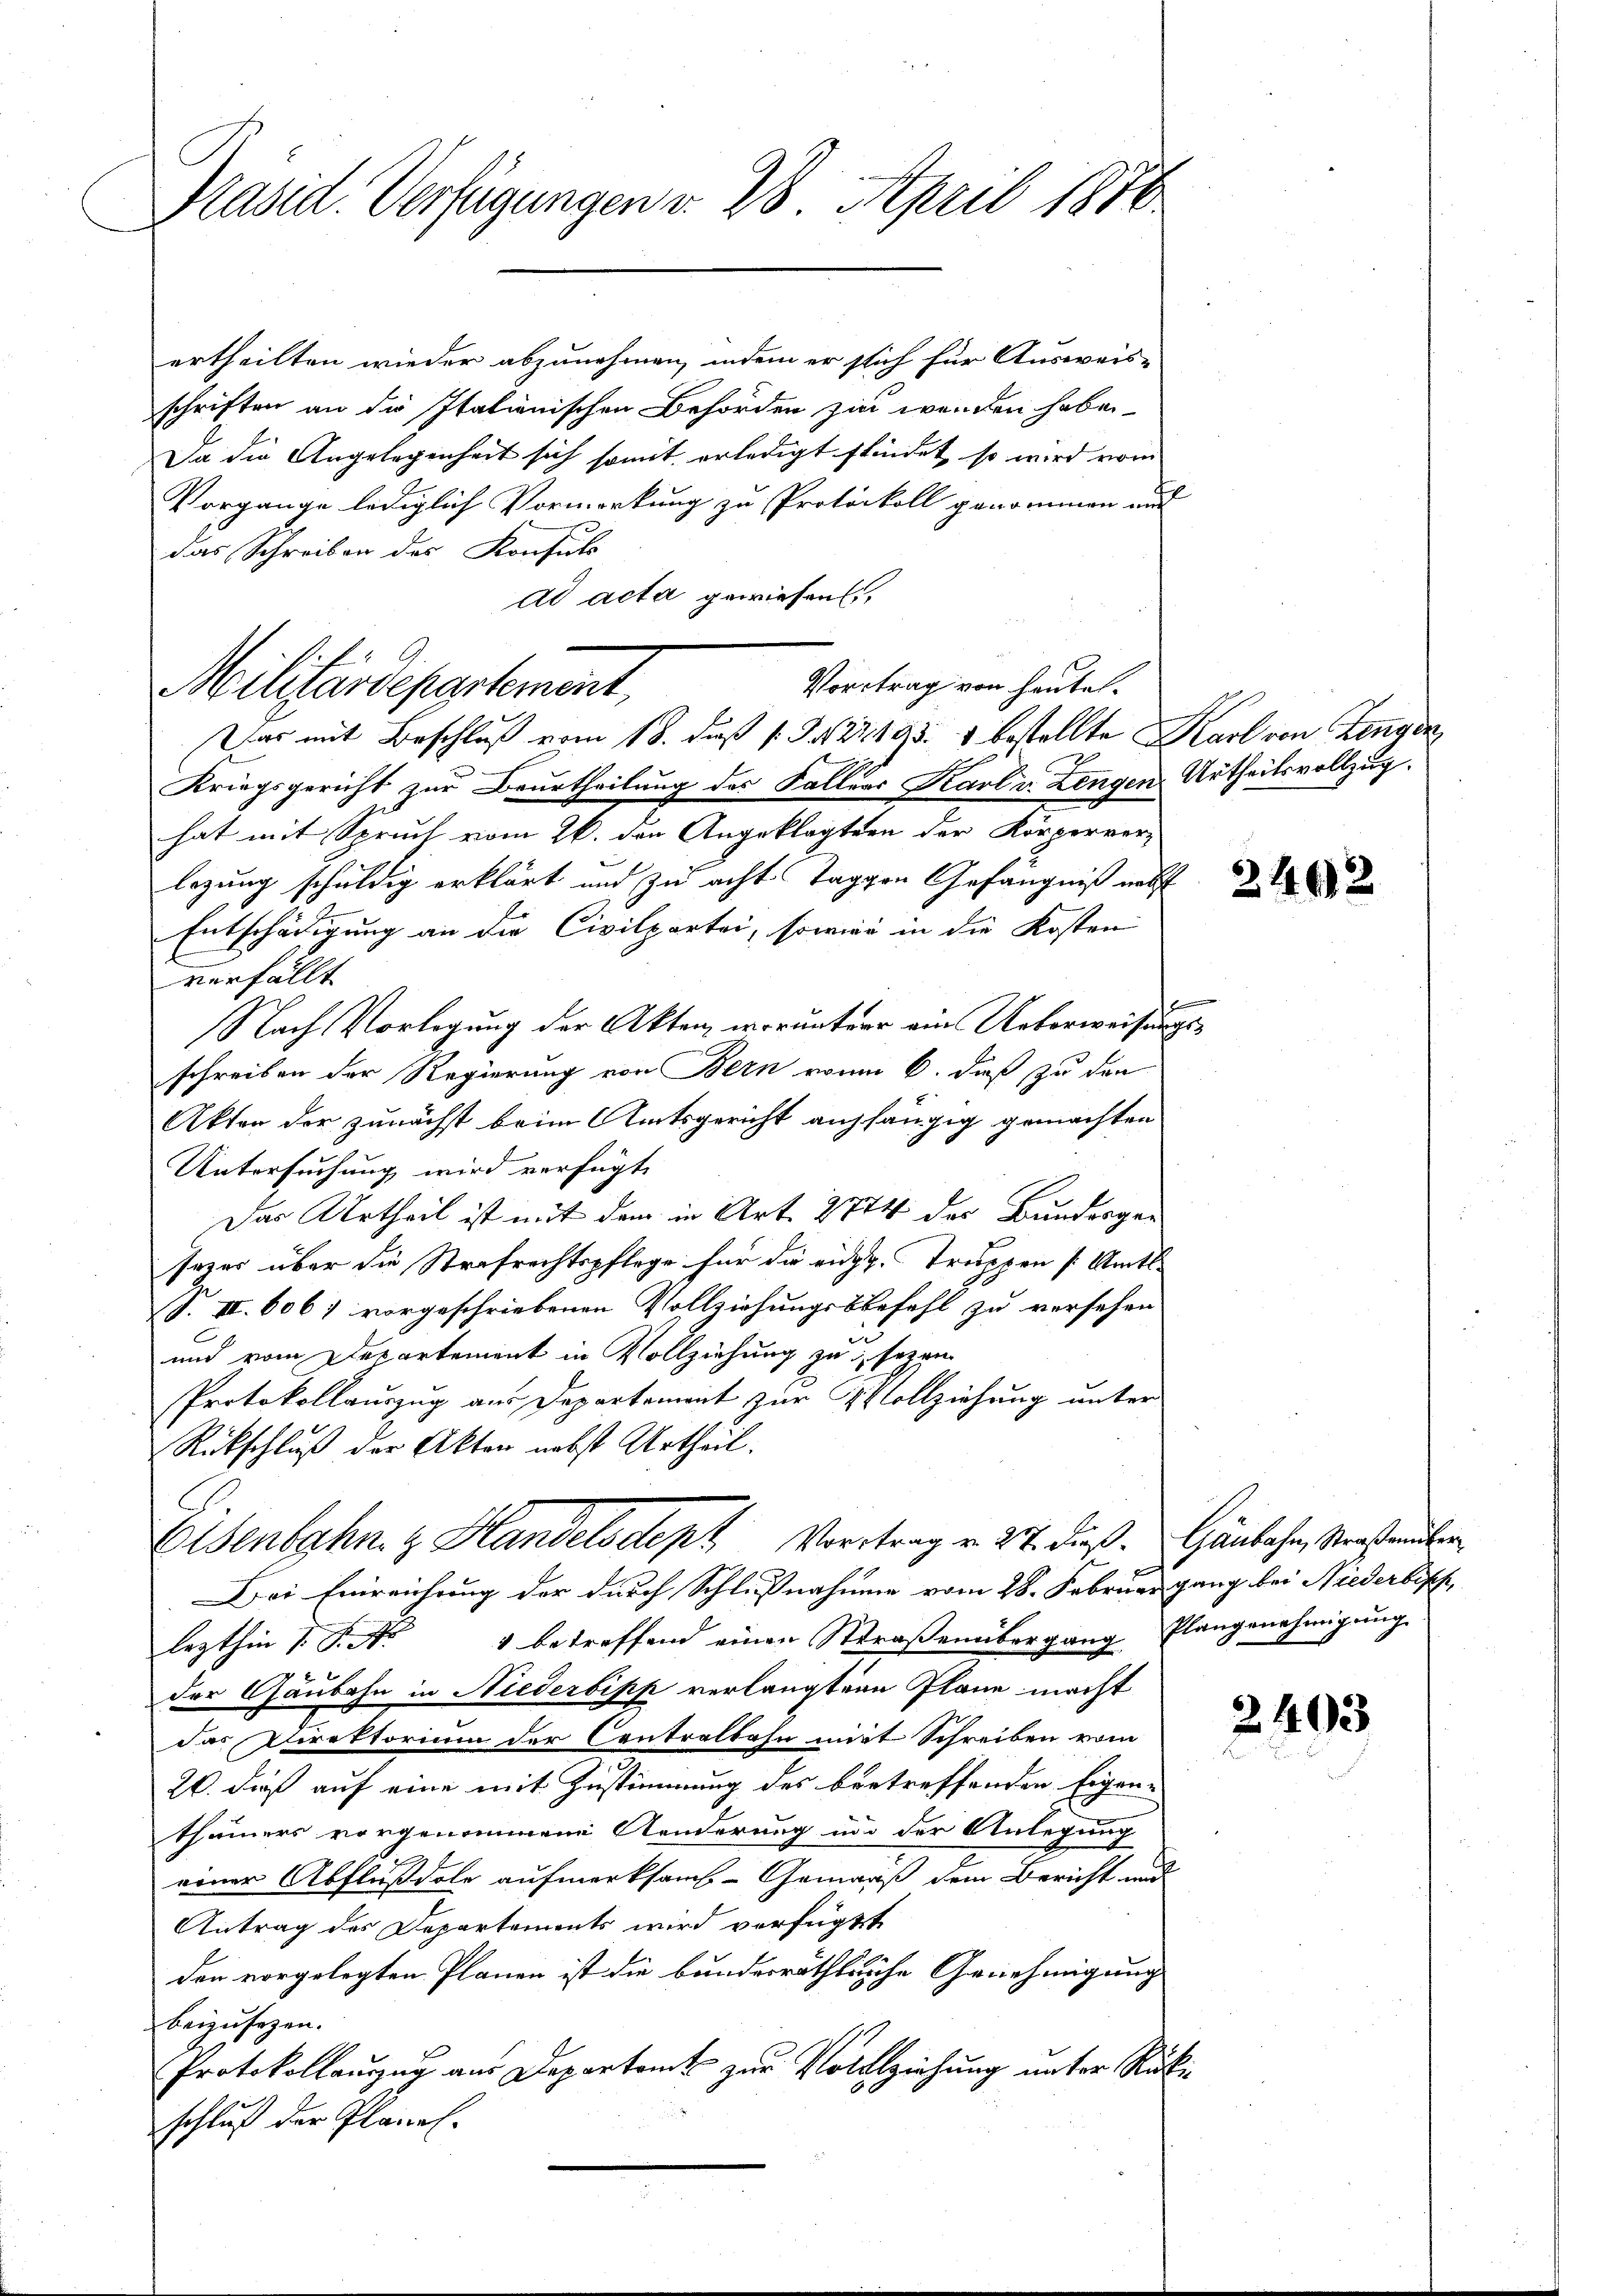
Präsid. Verfügungen v. 28. April 1876

ertheilten wieder abzunehmen, indem er sich für Ausweis-
schriften an die Italienischen Behörden zu werden haben.
Da die Angelegenheit sich somit erledigt findet, so wird vom
Vorgange lediglich Vormerkung zu Protokoll genommen und
das Schreiben des Konsuls
ad acta gewiesen,
Das mit Beschluß vom 18. daß 1 S. 22193. 1 bestellte Karl von Lingen
Kriegsgericht zur Beurtheilung des Fallers Karl v. Lengen Urtheilsvollzug.
hat mit Spruch vom 26. den Angeklagten der Körperverlegung schuldig erklärt und zu acht Taggen Gefängniß nebst
Entschädigung an die Civilpartei, sowie in die Kosten
verfällt
Nach Vorlegung der Akten, worunterer ein Ueberweisungsschreiben der Regierung von Bern vonm 6. dieß zu den
Akten der zunächst beim Amtsgericht aufhängig gemachten
Untersuchung wird verfügt,
Das Urtheil ist mit dem in Art. 2774 des Bunderger
sazer über die Strafrechtspflege für die eidg. Truppen (Amts
S. II. 6067 vorgeschriebenen Vollziehungsbefehl zu versehen
und vom Departement in Vollziehung zu sezan
Protokollauszug aus Departement zur Vollziehung unter
Rückschluß der Akten nebst Urtheil.
Eisenbahn z. Handelsdept Vortrag v. 27. dieß. Gänbahn, Straßenüber
Bei Einreichung der durch Schlußnahmen vom 28. Februar ganz bei Niederbisch,
lezthin 1. P. Nr. 1 betreffend einen Straßenübergang Plangenehmigŭng
der Gaubahn in Niederbipp verlangten Plane macht
das Direktorium der Centralbahn mit Schreiben vom
26. dieß auf eine mit Zustimmung des betreffenden Eigen-
thümers vorgenommene Aenderung und der Anlegung
einer Abflußdole aufmerksamt-Gemäß dem Bericht und
Antrag des Departements wird verfügtt
den vorgelegten Plänen ist die bundesräthliche Genehmigung
beizusehen.
Protokollanzug aus Departamt zur Vollziehung unter Rückschluß der Planes.

Vortrag von heute.
Militärdepartement,

2402

2403